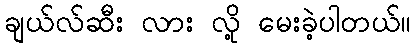
ချယ်လ်ဆီး လား လို့ မေးခဲ့ပါတယ်။